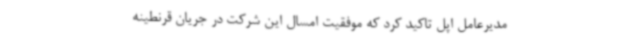
مدیرعامل اپل تاکید کرد که موفقیت امسال این شرکت در جریان قرنطینه